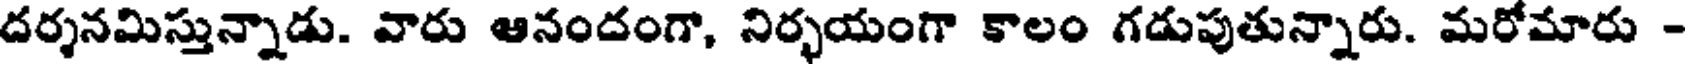
దర్శనమిస్తున్నాడు. వారు ఆనందంగా, నిర్భయంగా కాలం గడుపుతున్నారు. మరోమారు -